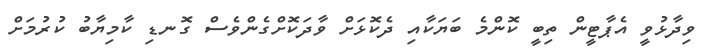
ވިދާޅުވީ އެޕާޓީން ތިބީ ކޮންމެ ބަޔަކާއި ދެކޮޅަށް ވާދަކޮށްގެންވެސް ގޮނޑި ކާމިޔާބު ކުރުމަށް